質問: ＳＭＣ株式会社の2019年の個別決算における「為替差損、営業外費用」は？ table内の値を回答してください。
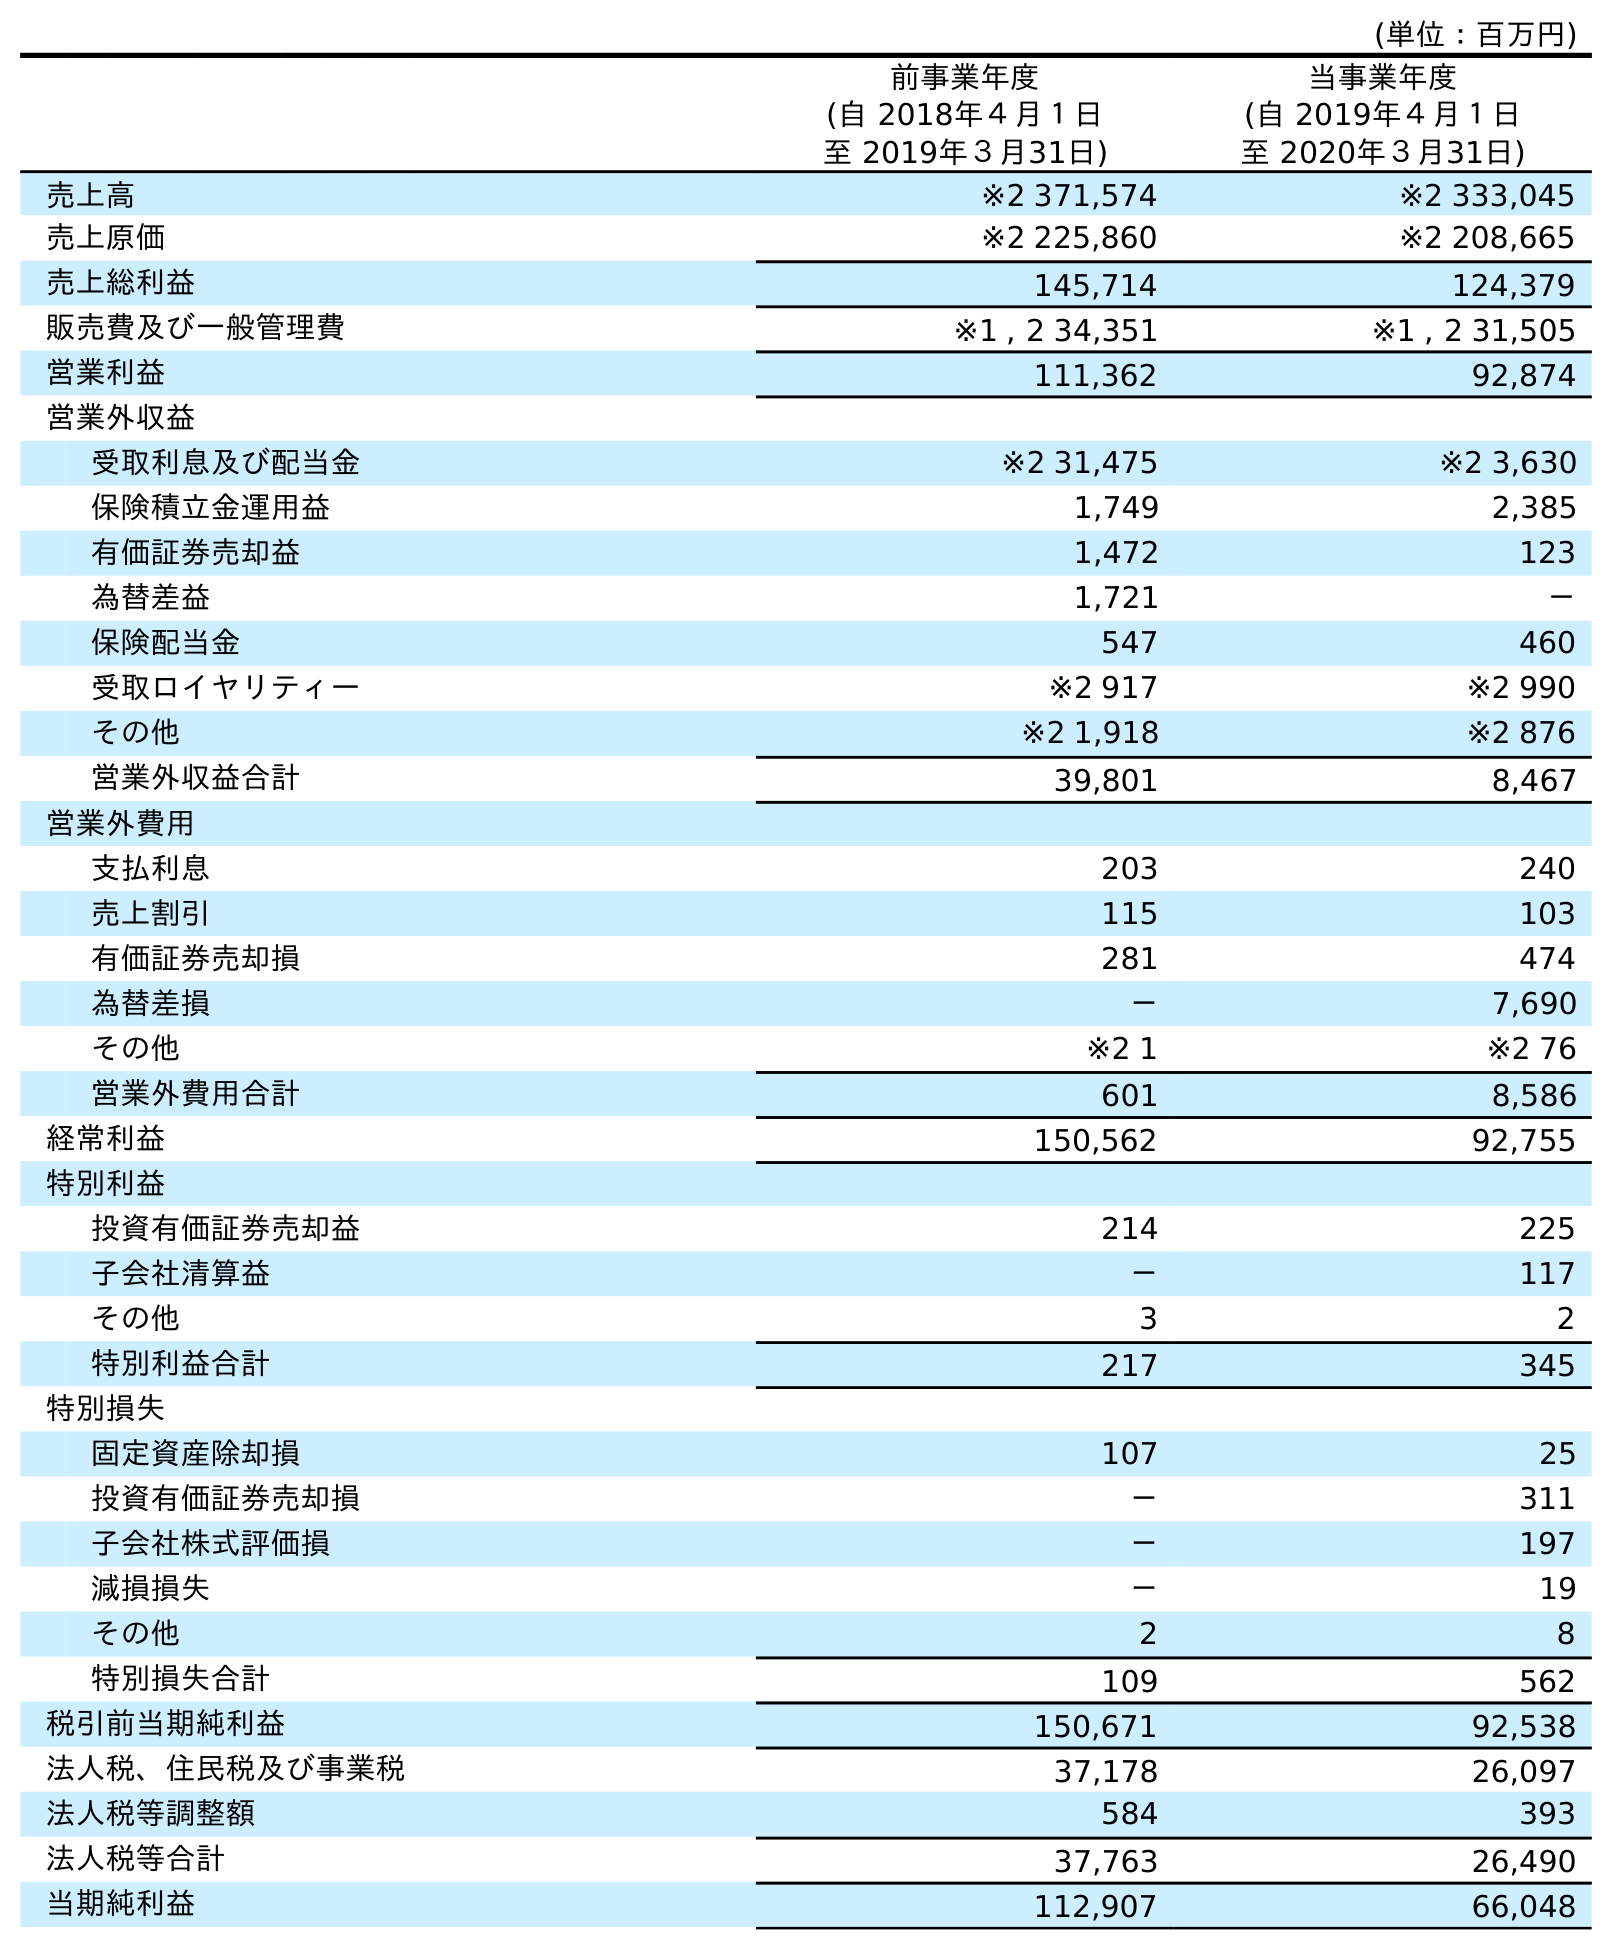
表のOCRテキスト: (単位：百万円) 前事業年度 (自 2018年４月１日 至 2019年３月31日) 当事業年度 (自 2019年４月１日 至 2020年３月31日) 売上高 ※2 371,574 ※2 333,045 売上原価 ※2 225,860 ※2 208,665 売上総利益 145,714 124,379 販売費及び一般管理費 ※1 , 2 34,351 ※1 , 2 31,505 営業利益 111,362 92,874 営業外収益 受取利息及び配当金 ※2 31,475 ※2 3,630 保険積立金運用益 1,749 2,385 有価証券売却益 1,472 123 為替差益 1,721 － 保険配当金 547 460 受取ロイヤリティー ※2 917 ※2 990 その他 ※2 1,918 ※2 876 営業外収益合計 39,801 8,467 営業外費用 支払利息 203 240 売上割引 115 103 有価証券売却損 281 474 為替差損 － 7,690 その他 ※2 1 ※2 76 営業外費用合計 601 8,586 経常利益 150,562 92,755 特別利益 投資有価証券売却益 214 225 子会社清算益 － 117 その他 3 2 特別利益合計 217 345 特別損失 固定資産除却損 107 25 投資有価証券売却損 － 311 子会社株式評価損 － 197 減損損失 － 19 その他 2 8 特別損失合計 109 562 税引前当期純利益 150,671 92,538 法人税、住民税及び事業税 37,178 26,097 法人税等調整額 584 393 法人税等合計 37,763 26,490 当期純利益 112,907 66,048
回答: －